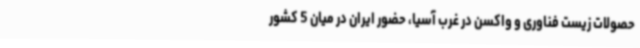
حصولات زیست فناوری و واکسن در غرب آسیا، حضور ایران در میان 5 کشور